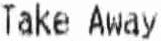
TAKE AWAY